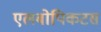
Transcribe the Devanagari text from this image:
एलबोपिकटस